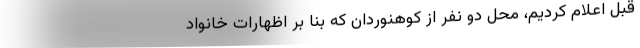
قبل اعلام کردیم، محل دو نفر از کوهنوردان که بنا بر اظهارات خانواد